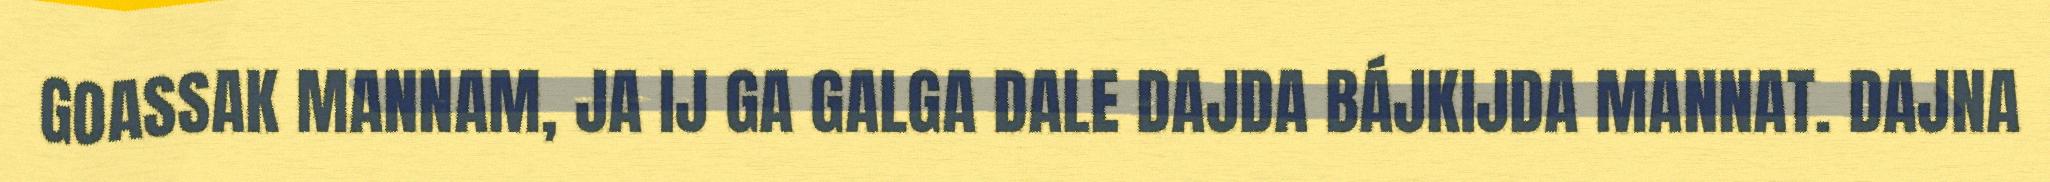
GOASSAK MANNAM, JA IJ GA GALGA DALE DAJDA BÁJKIJDA MANNAT. DAJNA